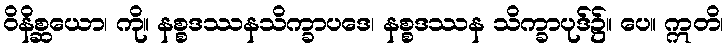
ဝိနိစ္ဆယော၊ ကို။ နစ္စဒဿနသိက္ခာပဒေ၊ နစ္စဒဿန သိက္ခာပုဒ်၌။ ပေ။ ဣတိ၊